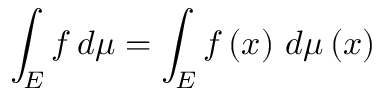
\int _ { E } f \, d \mu = \int _ { E } f \left( x \right) \, d \mu \left( x \right)